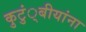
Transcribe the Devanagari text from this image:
कुटुं्बीयांना